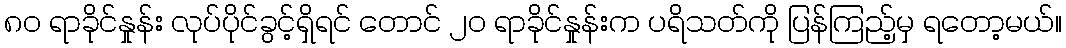
၈၀ ရာခိုင်နှုန်း လုပ်ပိုင်ခွင့်ရှိရင် တောင် ၂၀ ရာခိုင်နှုန်းက ပရိသတ်ကို ပြန်ကြည့်မှ ရတော့မယ်။